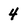
Character: 4